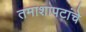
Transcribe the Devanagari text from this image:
तमाशापटांचे